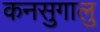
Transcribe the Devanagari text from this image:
कनसुगालु